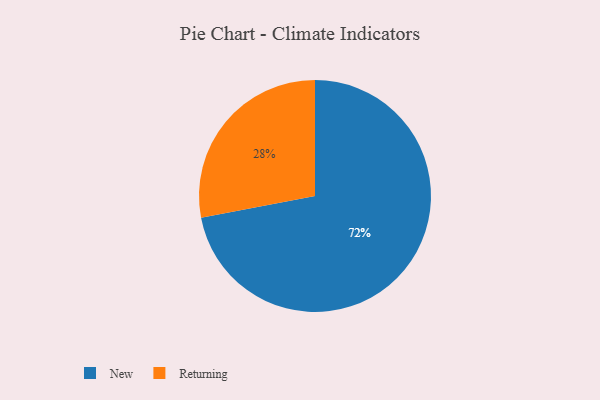
{"axis": {"x": "Category", "y": "Percentage"}, "legend": ["New", "Returning"], "data": [{"x": "Returning", "y": 28, "type": "Returning"}, {"x": "New", "y": 72, "type": "New"}]}